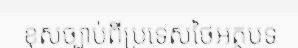
ខុសច្បាប់ពីប្រទេសថៃអត្ថបទ